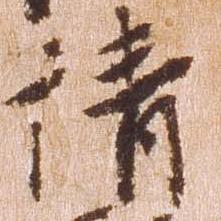
請